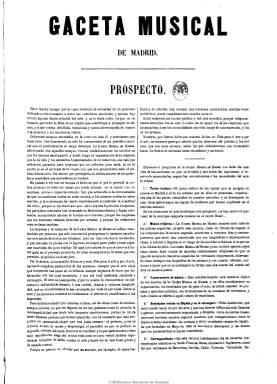
Título: Gaceta musical de Madrid (Madrid. 1865)
Colección: Música || Cultura
Ámbito geográfico: Madrid
Lugar de publicación: Madrid
Fechas: 05/10/1865-07/03/1878

Semanario (aparecerá los sábados por la mañana) especializado exclusivamente en música, que comienza a publicarse el cinco de octubre de 1865, siendo su editor responsable y director el abogado y violinista José Ortega y Zapata (1924-1903), abuelo del filósofo José Ortega y Gasset (1883-1855), y en el que colaboran Mariano Soriano Fuentes, Mario Halka, Rafael E. Arrieta y José Inzenga. Ortega, como crítico musical y periodista, publica esta revista, de cuatro páginas y a dos columnas, con informaciones y críticas sobre las temporadas de conciertos y estudios sobre sociedades y obras musicales y artistas, referentes tanto a España como al extranjero, así como sueltos y variedades y anuncios comerciales.

Edita hasta el cinco de agosto de 1866 un total de 43 números, reapareciendo con el subtítulo “revista artístico-literaria”, ahora con una frecuencia tres veces al mes, el 19 de diciembre de 1877. En esta segunda época incluirá una sección bajo el epígrafe “Notizie di Spagna”, bajo la firma de Genaro, una especie de crónica escrita en lengua italiana. Ofrece comentarios de las actuaciones en el Teatro Real e información de la Escuela Nacional de Música, entre otros asuntos de la actualidad musical. Dispuso también de correspondencia. Debió editar también una especie de suplemento mensual y de esta nueva serie se conocen diez números, fechado el último el siete de marzo de 1878.